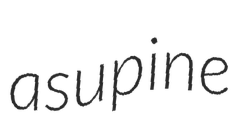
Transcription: a supine